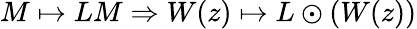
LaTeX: M\mapsto LM\Rightarrow W(z)\mapsto L\odot(W(z))